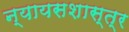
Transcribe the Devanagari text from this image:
न्यायसशास्त्र